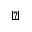
\blacktriangleleft